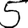
Digit: 5